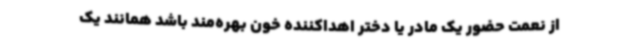
از نعمت حضور یک مادر یا دختر اهداکننده خون بهره‌مند باشد همانند یک